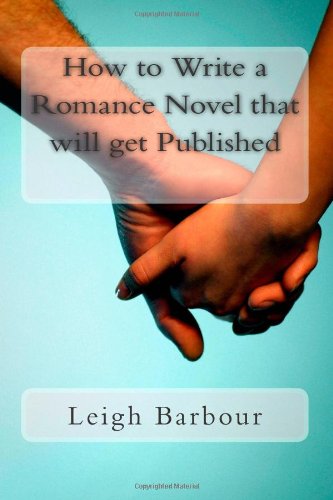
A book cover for How to write a Romance Novel that will get Published (Volume 1); Leigh Barbour; Romance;